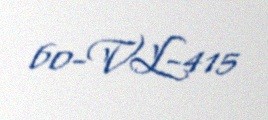
60-VL-415